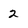
Character: 2